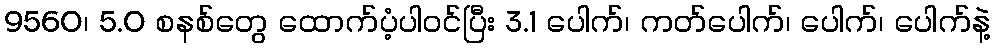
9560၊ 5.0 စနစ်တွေ ထောက်ပံ့ပါ၀င်ပြီး 3.1 ပေါက်၊ ကတ်ပေါက်၊ ပေါက်၊ ပေါက်နဲ့